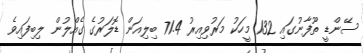
ސޭންޑީ ތޫފާނުގައި 132 މީހަކު މަރުވިއިރު 71.4 ބިލިއަން ޑޮލަރުގެ ގެއްލުން ލިބިފައިވެ